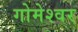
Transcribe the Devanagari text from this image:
गोमेश्वर